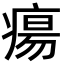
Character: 瘍